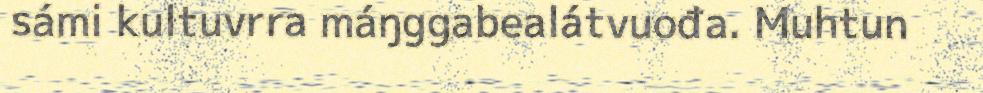
sámi kultuvrra máŋggabealátvuođa. Muhtun